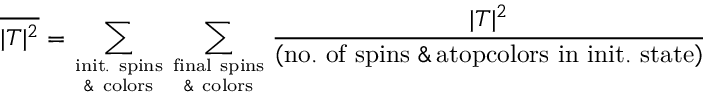
\overline { { | T | ^ { 2 } } } = \sum _ { \mathrm { i n i t . \ s p i n s \atop \& \ c o l o r s } } \sum _ { \mathrm { f i n a l \ s p i n s \atop \& \ c o l o r s } } { \frac { | T | ^ { 2 } } { \left( \mathrm { n o . \ o f \ s p i n s \ \& \, a t o p c o l o r s \ i n \ i n i t . \ s t a t e } \right) } }